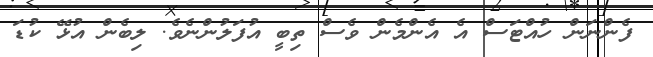
ފެންނަން ހުއްޓަސް އެ އެންމެން ވެސް ތިބީ އުފަލުންނެވެ. ލިބެން އުޅޭ ކުޑަ